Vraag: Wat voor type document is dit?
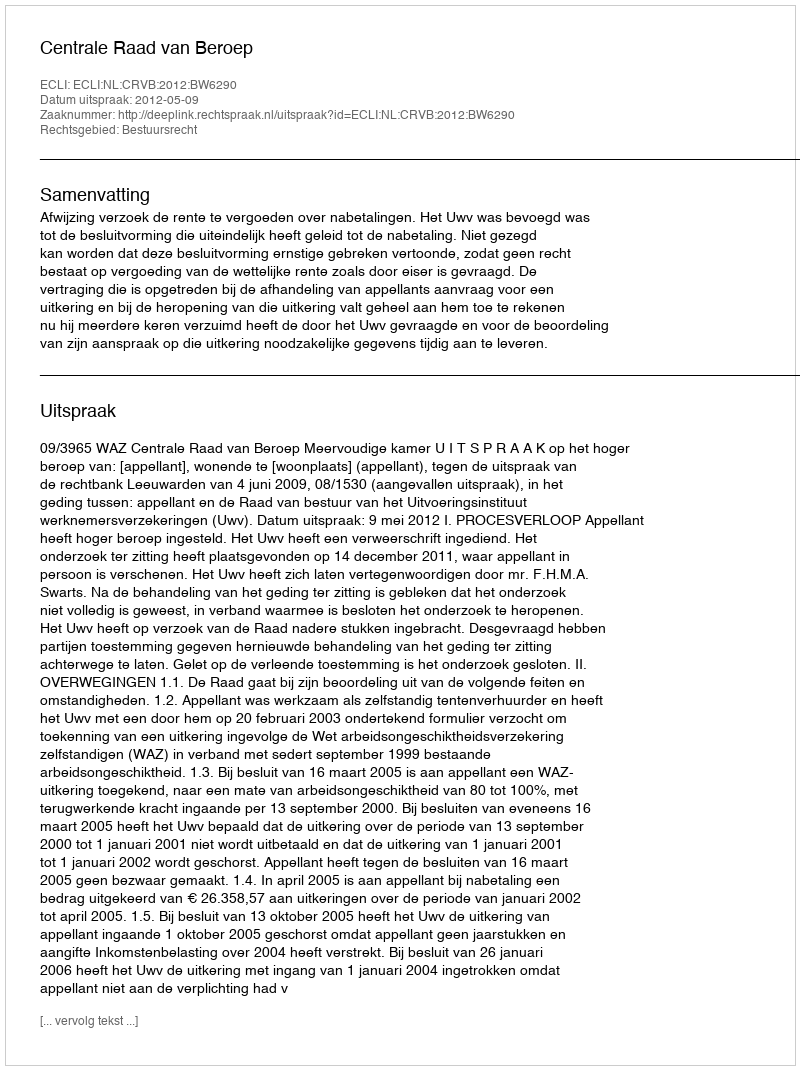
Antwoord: Uitspraak